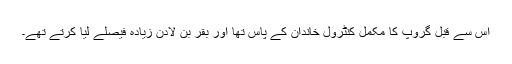
اس سے قبل گروپ کا مکمل کنٹرول خاندان کے پاس تھا اور بقر بن لادن زیادہ فیصلے لیا کرتے تھے۔